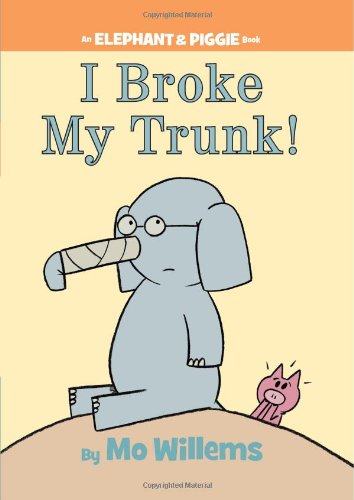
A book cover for I Broke My Trunk! (An Elephant and Piggie Book); Mo Willems; Children's Books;